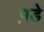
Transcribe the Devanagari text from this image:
प़डे